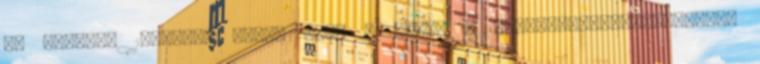
és csapata 1946-ban éppen itt, a BME-n a Holdradar-kísérleteivel